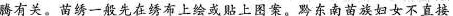
腾有关。苗一般先在炼布上成上图塞。黔东南族妇女不直接